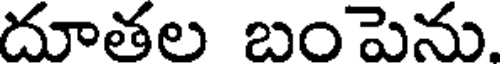
దూతల బంపెను.